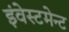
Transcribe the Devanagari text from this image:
इंवेस्टमेन्ट